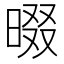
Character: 𣇽